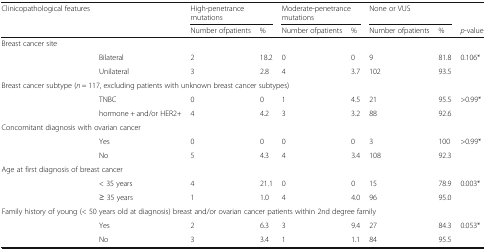
<table><thead><tr><td><b>Clinicopathological features</b></td><td></td><td colspan="2"><b>High-penetrance mutations</b></td><td colspan="2"><b>Moderate-penetrance mutations</b></td><td colspan="2"><b>None or VUS</b></td><td></td></tr><tr><td></td><td></td><td><b>Number ofpatients</b></td><td><b>%</b></td><td><b>Number ofpatients</b></td><td><b>%</b></td><td><b>Number ofpatients</b></td><td><b>%</b></td><td><b><i>p</i>-value</b></td></tr></thead><tbody><tr><td colspan="9">Breast cancer site</td></tr><tr><td></td><td>Bilateral</td><td>2</td><td>18.2</td><td>0</td><td>0</td><td>9</td><td>81.8</td><td>0.106*</td></tr><tr><td></td><td>Unilateral</td><td>3</td><td>2.8</td><td>4</td><td>3.7</td><td>102</td><td>93.5</td><td></td></tr><tr><td colspan="9">Breast cancer subtype (<i>n</i> = 117, excluding patients with unknown breast cancer subtypes)</td></tr><tr><td></td><td>TNBC</td><td>0</td><td>0</td><td>1</td><td>4.5</td><td>21</td><td>95.5</td><td>&gt;0.99*</td></tr><tr><td></td><td>hormone + and/or HER2+</td><td>4</td><td>4.2</td><td>3</td><td>3.2</td><td>88</td><td>92.6</td><td></td></tr><tr><td colspan="9">Concomitant diagnosis with ovarian cancer</td></tr><tr><td></td><td>Yes</td><td>0</td><td>0</td><td>0</td><td>0</td><td>3</td><td>100</td><td>&gt;0.99*</td></tr><tr><td></td><td>No</td><td>5</td><td>4.3</td><td>4</td><td>3.4</td><td>108</td><td>92.3</td><td></td></tr><tr><td colspan="9">Age at first diagnosis of breast cancer</td></tr><tr><td></td><td>&lt; 35 years</td><td>4</td><td>21.1</td><td>0</td><td>0</td><td>15</td><td>78.9</td><td>0.003*</td></tr><tr><td></td><td>≥ 35 years</td><td>1</td><td>1.0</td><td>4</td><td>4.0</td><td>96</td><td>95.0</td><td></td></tr><tr><td colspan="9">Family history of young (&lt; 50 years old at diagnosis) breast and/or ovarian cancer patients within 2nd degree family</td></tr><tr><td></td><td>Yes</td><td>2</td><td>6.3</td><td>3</td><td>9.4</td><td>27</td><td>84.3</td><td>0.053*</td></tr><tr><td></td><td>No</td><td>3</td><td>3.4</td><td>1</td><td>1.1</td><td>84</td><td>95.5</td><td></td></tr></tbody></table>